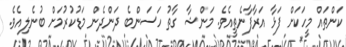
ކަންތައް މީހަކަށް ފަޅާ އަރާފާނެތީއެވެ. މަންޝާ ގާތު ހަސަންބެ ދަންދެން މަޑުކުރުމަށް ބުނެލިއެވެ.